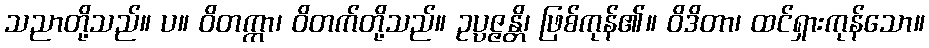
သညာတို့သည်။ ပ။ ဝိတက္ကာ၊ ဝိတက်တို့သည်။ ဥပ္ပဇ္ဇန္တိ၊ ဖြစ်ကုန်၏။ ဝိဒိတာ၊ ထင်ရှားကုန်သော။